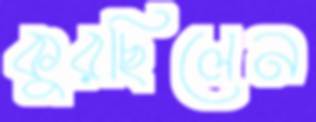
কুরছিলেন